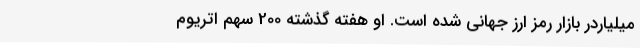
میلیاردر بازار رمز ارز جهانی شده است. او هفته گذشته 200 سهم اتریوم